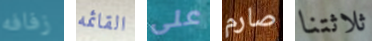
زفافه القائمه على صارم ثلاثتنا